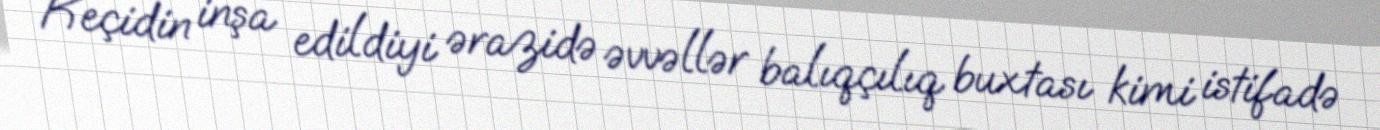
Keçidin inşa edildiyi ərazidə əvvəllər balıqçılıq buxtası kimi istifadə